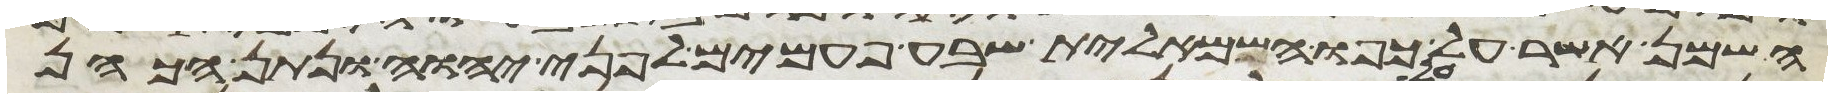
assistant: השמן אשר על כפו השמאלית שבע פעמים לפני יהוה ונתן הכהן